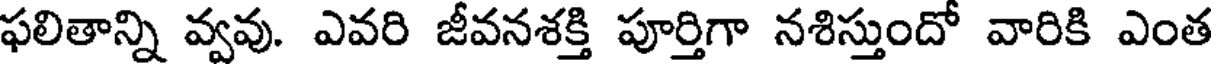
ఫలితాన్ని వ్వవు. ఎవరి జీవనశక్తి పూర్తిగా నశిస్తుందో వారికి ఎంత